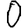
Digit: 0